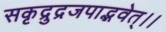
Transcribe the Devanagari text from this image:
सकृद्रुद्रजपाद्भवेत्।।